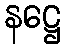
နဋ္ဌေ